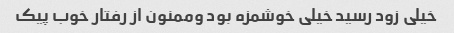
خیلی زود رسید خیلی خوشمزه بود وممنون از رفتار خوب پیک